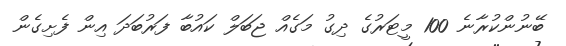
ބޭނުންކުރާނެ 100 މީޓަރުގެ ދިގު މަގެއް ޖަބަލް ކައުބާ ފަރުބަދަ އިން ފެށިގެން